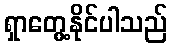
ရှာတွေ့နိုင်ပါသည်